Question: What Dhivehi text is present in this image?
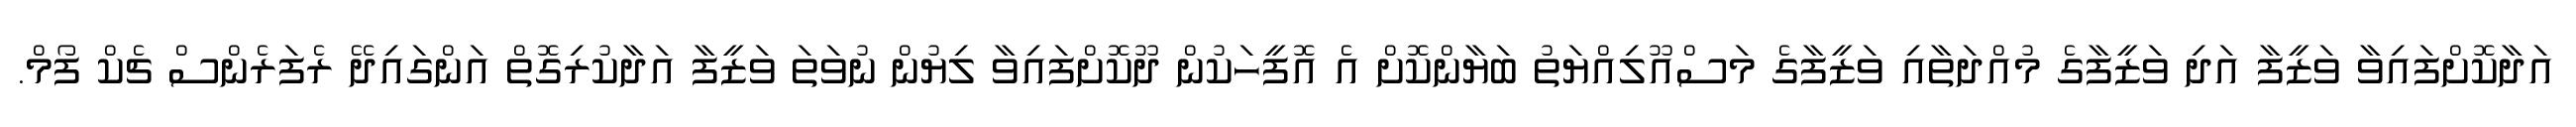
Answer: އަދާކޮށްފައިވާ ވަޒީފާ އަދި ވަޒީފާގެ މުއްދަތާއި ވަޒީފާގެ މަސްއޫލިއްޔަތު ބަޔާންކޮށް އެ އޮފީހަކުން ދޫކޮށްފައިވާ ލިޔުން ނުވަތަ ވަޒީފާ އަދާކުރިގޮތް އަންގައިދޭ ރެފަރެންސް ޗެކް ފޯމް.